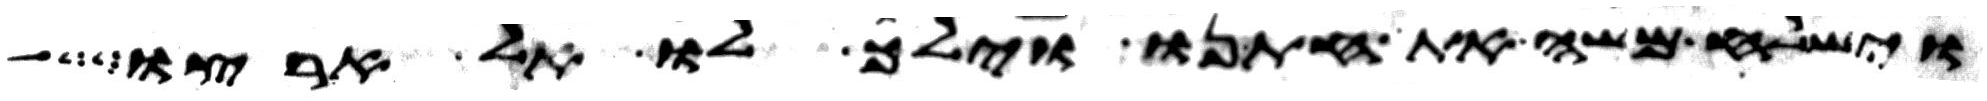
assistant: וישלח משה את חתנו וילך לו אל ארצו